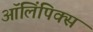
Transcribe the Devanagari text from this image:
ऑलिंपिक्स